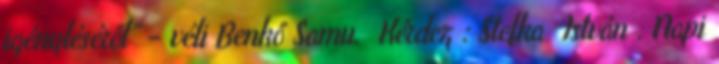
igényléséről” – véli Benkő Samu. Kérdez : Stefka István . Napi